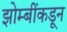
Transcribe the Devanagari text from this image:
झोम्बींकडून